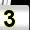
Digit: 3